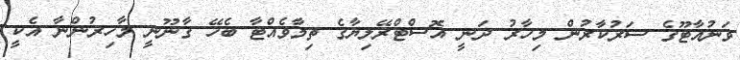
ވަނުއާޓޫގެ ސަރުކާރުން މިހާރު ދަނީ އޮސްޓްރޭލިޔާގެ ތިމާވެއްޓާ ބެހޭ ގާނޫނީ މާހިރުންނާ އެކީ